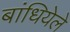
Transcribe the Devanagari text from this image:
बांधियेले